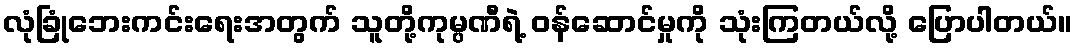
လုံခြုံဘေးကင်းရေးအတွက် သူတို့ကုမ္ပဏီရဲ့ ဝန်ဆောင်မှုကို သုံးကြတယ်လို့ ပြောပါတယ်။